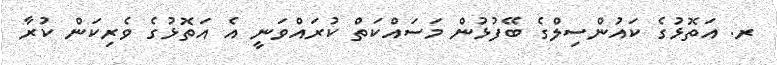
ރ. އަތޮޅުގެ ކައުންސިލްގެ ބޭފުޅުން މަސައްކަތް ކުރައްވަނީ އެ އަތޮޅުގެ ވެރިކަން ކުރާ